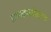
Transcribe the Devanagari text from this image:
प्रभावासोबतच